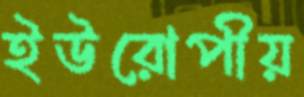
ইউরোপীয়